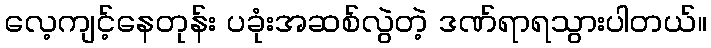
လေ့ကျင့်နေတုန်း ပခုံးအဆစ်လွဲတဲ့ ဒဏ်ရာရသွားပါတယ်။